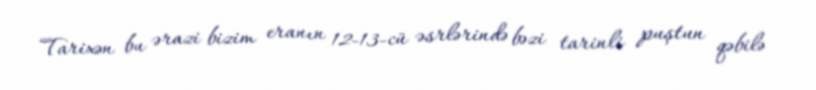
Tarixən bu ərazi bizim eranın 12-13-cü əsrlərində bəzi tarinli puştun qəbilə